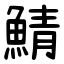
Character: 鯖